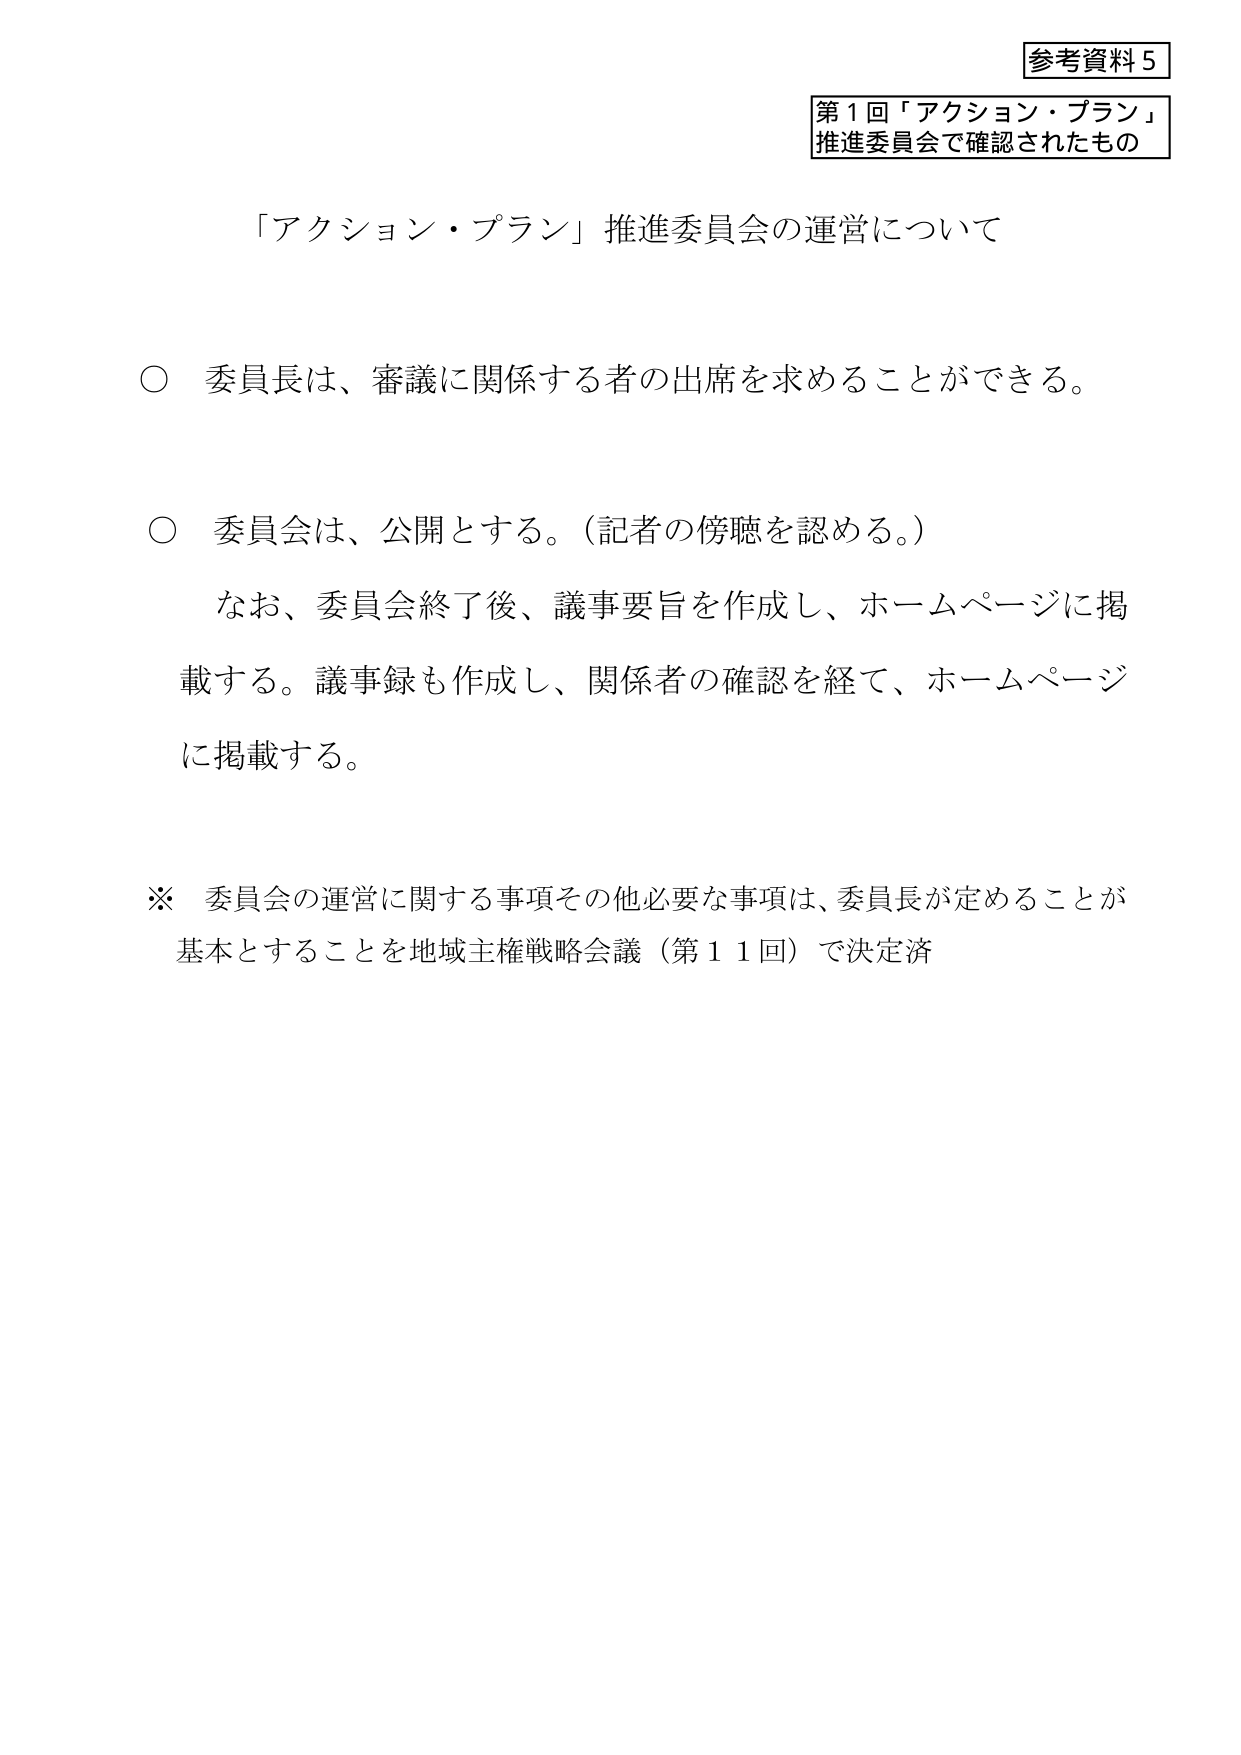
参考資料５
第１回「アクション・プラン」
推進委員会で確認されたもの

「アクション・プラン」推進委員会の運営について

○ 委員長は、審議に関係する者の出席を求めることができる。

○ 委員会は、公開とする。（記者の傍聴を認める。）
　なお、委員会終了後、議事要旨を作成し、ホームページに掲載する。議事録も作成し、関係者の確認を経て、ホームページに掲載する。

※ 委員会の運営に関する事項その他必要な事項は、委員長が定めることが基本とすることを地域主権戦略会議（第１１回）で決定済